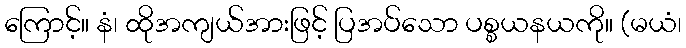
ကြောင့်။ နံ၊ ထိုအကျယ်အားဖြင့် ပြအပ်သော ပစ္စယနယကို။ (မယံ၊